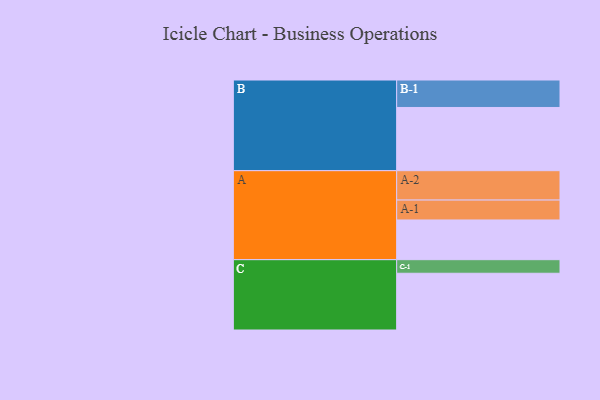
{"axis": {"x": "Segment", "y": "Value"}, "legend": ["", "A", "B", "C"], "data": [{"x": "A", "y": 357, "type": ""}, {"x": "B", "y": 568, "type": ""}, {"x": "C", "y": 510, "type": ""}, {"x": "A-1", "y": 179, "type": "A"}, {"x": "A-2", "y": 264, "type": "A"}, {"x": "B-1", "y": 247, "type": "B"}, {"x": "C-1", "y": 122, "type": "C"}]}